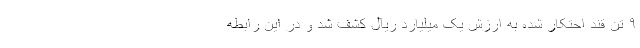
۹ تن قند احتکار شده به ارزش یک میلیارد ریال کشف شد و در این رابطه